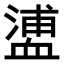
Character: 𧗉